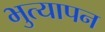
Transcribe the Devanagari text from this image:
भुत्यापन